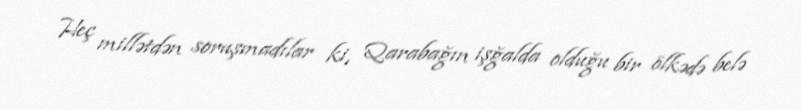
Heç millətdən soruşmadılar ki, Qarabağın işğalda olduğu bir ölkədə belə